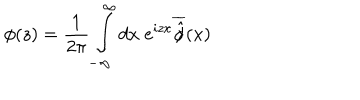
\phi ( z ) = \frac { 1 } { 2 \pi } \int _ { - \infty } ^ { \infty } d x \; e ^ { i z x } \overline { { { \hat { \phi } } } } ( x )